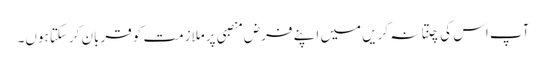
آپ اس کی چنتا نہ کریں میں اپنے فرض منصبی پرملازمت کو قربان کرسکتا ہوں۔